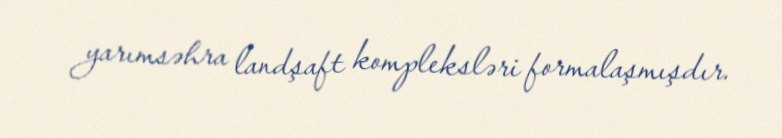
yarımsəhra landşaft kompleksləri formalaşmışdır.